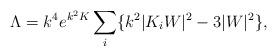
LaTeX: \begin{align*}\Lambda=k^4 e^{k^2 K}\sum _{i}\{k^2 | K_i W |^2 - 3 |W|^2 \},\end{align*}